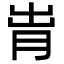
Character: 𬁹